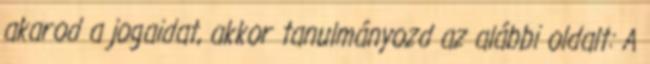
akarod a jogaidat, akkor tanulmányozd az alábbi oldalt: A